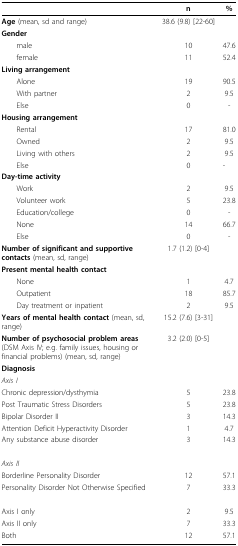
|  | n | % |
 | --- | --- | --- |
 | Age (mean, sd and range) | 38.6 (9.8) [22-60] |  |
 | Gender |  |  |
 | male | 10 | 47.6 |
 | female | 11 | 52.4 |
 | Living arrangement |  |  |
 | Alone | 19 | 90.5 |
 | With partner | 2 | 9.5 |
 | Else | 0 | - |
 | Housing arrangement |  |  |
 | Rental | 17 | 81.0 |
 | Owned | 2 | 9.5 |
 | Living with others | 2 | 9.5 |
 | Else | 0 | - |
 | Day-time activity |  |  |
 | Work | 2 | 9.5 |
 | Volunteer work | 5 | 23.8 |
 | Education/college | 0 | - |
 | None | 14 | 66.7 |
 | Else | 0 | - |
 | Number of significant and supportive contacts (mean, sd, range) | 1.7 (1.2) [0-4] |  |
 | Present mental health contact |  |  |
 | None | 1 | 4.7 |
 | Outpatient | 18 | 85.7 |
 | Day treatment or inpatient | 2 | 9.5 |
 | Years of mental health contact (mean, sd, range) | 15.2 (7.6) [3-31] |  |
 | Number of psychosocial problem areas (DSM Axis IV; e.g. family issues, housing or financial problems) (mean, sd, range) | 3.2 (2.0) [0-5] |  |
 | Diagnosis |  |  |
 | Axis I |  |  |
 | Chronic depression/dysthymia | 5 | 23.8 |
 | Post Traumatic Stress Disorders | 5 | 23.8 |
 | Bipolar Disorder II | 3 | 14.3 |
 | Attention Deficit Hyperactivity Disorder | 1 | 4.7 |
 | Any substance abuse disorder | 3 | 14.3 |
 | Axis II |  |  |
 | Borderline Personality Disorder | 12 | 57.1 |
 | Personality Disorder Not Otherwise Specified | 7 | 33.3 |
 | Axis I only | 2 | 9.5 |
 | Axis II only | 7 | 33.3 |
 | Both | 12 | 57.1 |